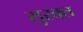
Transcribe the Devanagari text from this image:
सुरक्त